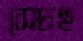
সেচছ